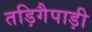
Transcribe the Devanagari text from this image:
तड़िगैपाड़ी